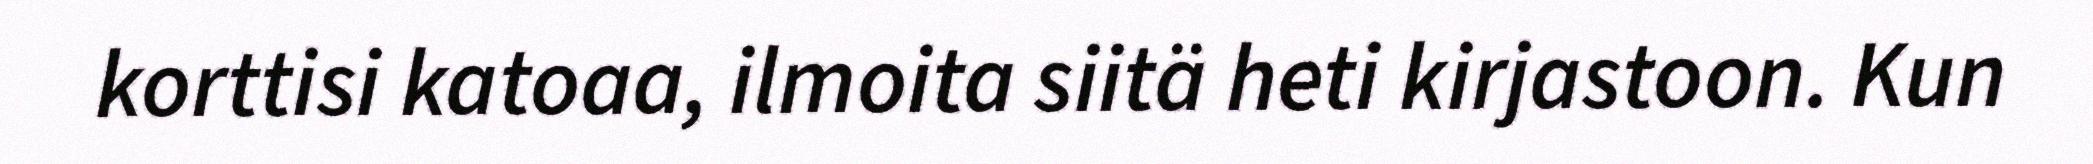
korttisi katoaa, ilmoita siitä heti kirjastoon. Kun